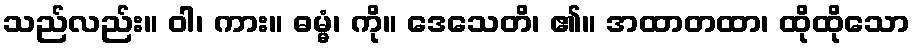
သည်လည်း။ ဝါ၊ ကား။ ဓမ္မံ၊ ကို။ ဒေသေတိ၊ ၏။ အထာတထာ၊ ထိုထိုသော